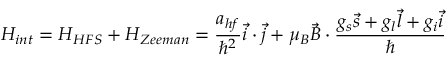
H _ { i n t } = H _ { H F S } + H _ { Z e e m a n } = \frac { a _ { h f } } { \hbar ^ { 2 } } \vec { i } \cdot \vec { j } + \mu _ { B } \vec { B } \cdot \frac { g _ { s } \vec { s } + g _ { l } \vec { l } + g _ { i } \vec { i } } { \hbar }